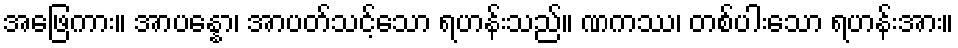
အဖြေကား။ အာပန္နော၊ အာပတ်သင့်သော ရဟန်းသည်။ ဏကဿ၊ တစ်ပါးသော ရဟန်းအား။